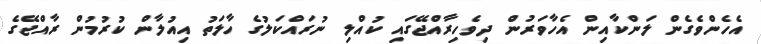
އެހެންވެގެން ލަންކާއިން އެހާވަރުން ދިވެހިރާއްޖޭގައި ކުއްލި ނުރައްކަލުގެ ހާލަތު އިއުލާން ކުރުމުން ރާއްޖޭގެ